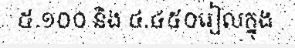
៥.១០០ និង ៤.៤៥០រៀលក្នុង